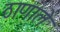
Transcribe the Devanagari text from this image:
ठाणाले